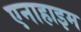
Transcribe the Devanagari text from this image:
एनाहाइम